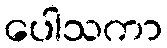
ပေါသကာ